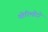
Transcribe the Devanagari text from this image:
योरिमोटो